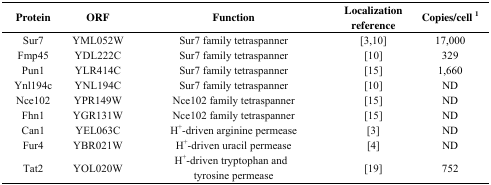
<table><thead><tr><td><b>Protein</b></td><td><b>ORF</b></td><td><b>Function</b></td><td><b>Localization reference</b></td><td><b>Copies/cell 1</b></td></tr></thead><tbody><tr><td>Sur7</td><td>YML052W</td><td>Sur7 family tetraspanner</td><td>[3,10]</td><td>17,000</td></tr><tr><td>Fmp45</td><td>YDL222C</td><td>Sur7 family tetraspanner</td><td>[10]</td><td>329</td></tr><tr><td>Pun1</td><td>YLR414C</td><td>Sur7 family tetraspanner</td><td>[15]</td><td>1,660</td></tr><tr><td>Ynl194c</td><td>YNL194C</td><td>Sur7 family tetraspanner</td><td>[10]</td><td>ND</td></tr><tr><td>Nce102</td><td>YPR149W</td><td>Nce102 family tetraspanner</td><td>[15]</td><td>ND</td></tr><tr><td>Fhn1</td><td>YGR131W</td><td>Nce102 family tetraspanner</td><td>[15]</td><td>ND</td></tr><tr><td>Can1</td><td>YEL063C</td><td>H<sup>+</sup>-driven arginine permease</td><td>[3]</td><td>ND</td></tr><tr><td>Fur4</td><td>YBR021W</td><td>H<sup>+</sup>-driven uracil permease</td><td>[4]</td><td>ND</td></tr><tr><td>Tat2</td><td>YOL020W</td><td>H<sup>+</sup>-driven tryptophan and tyrosine permease</td><td>[19]</td><td>752</td></tr></tbody></table>